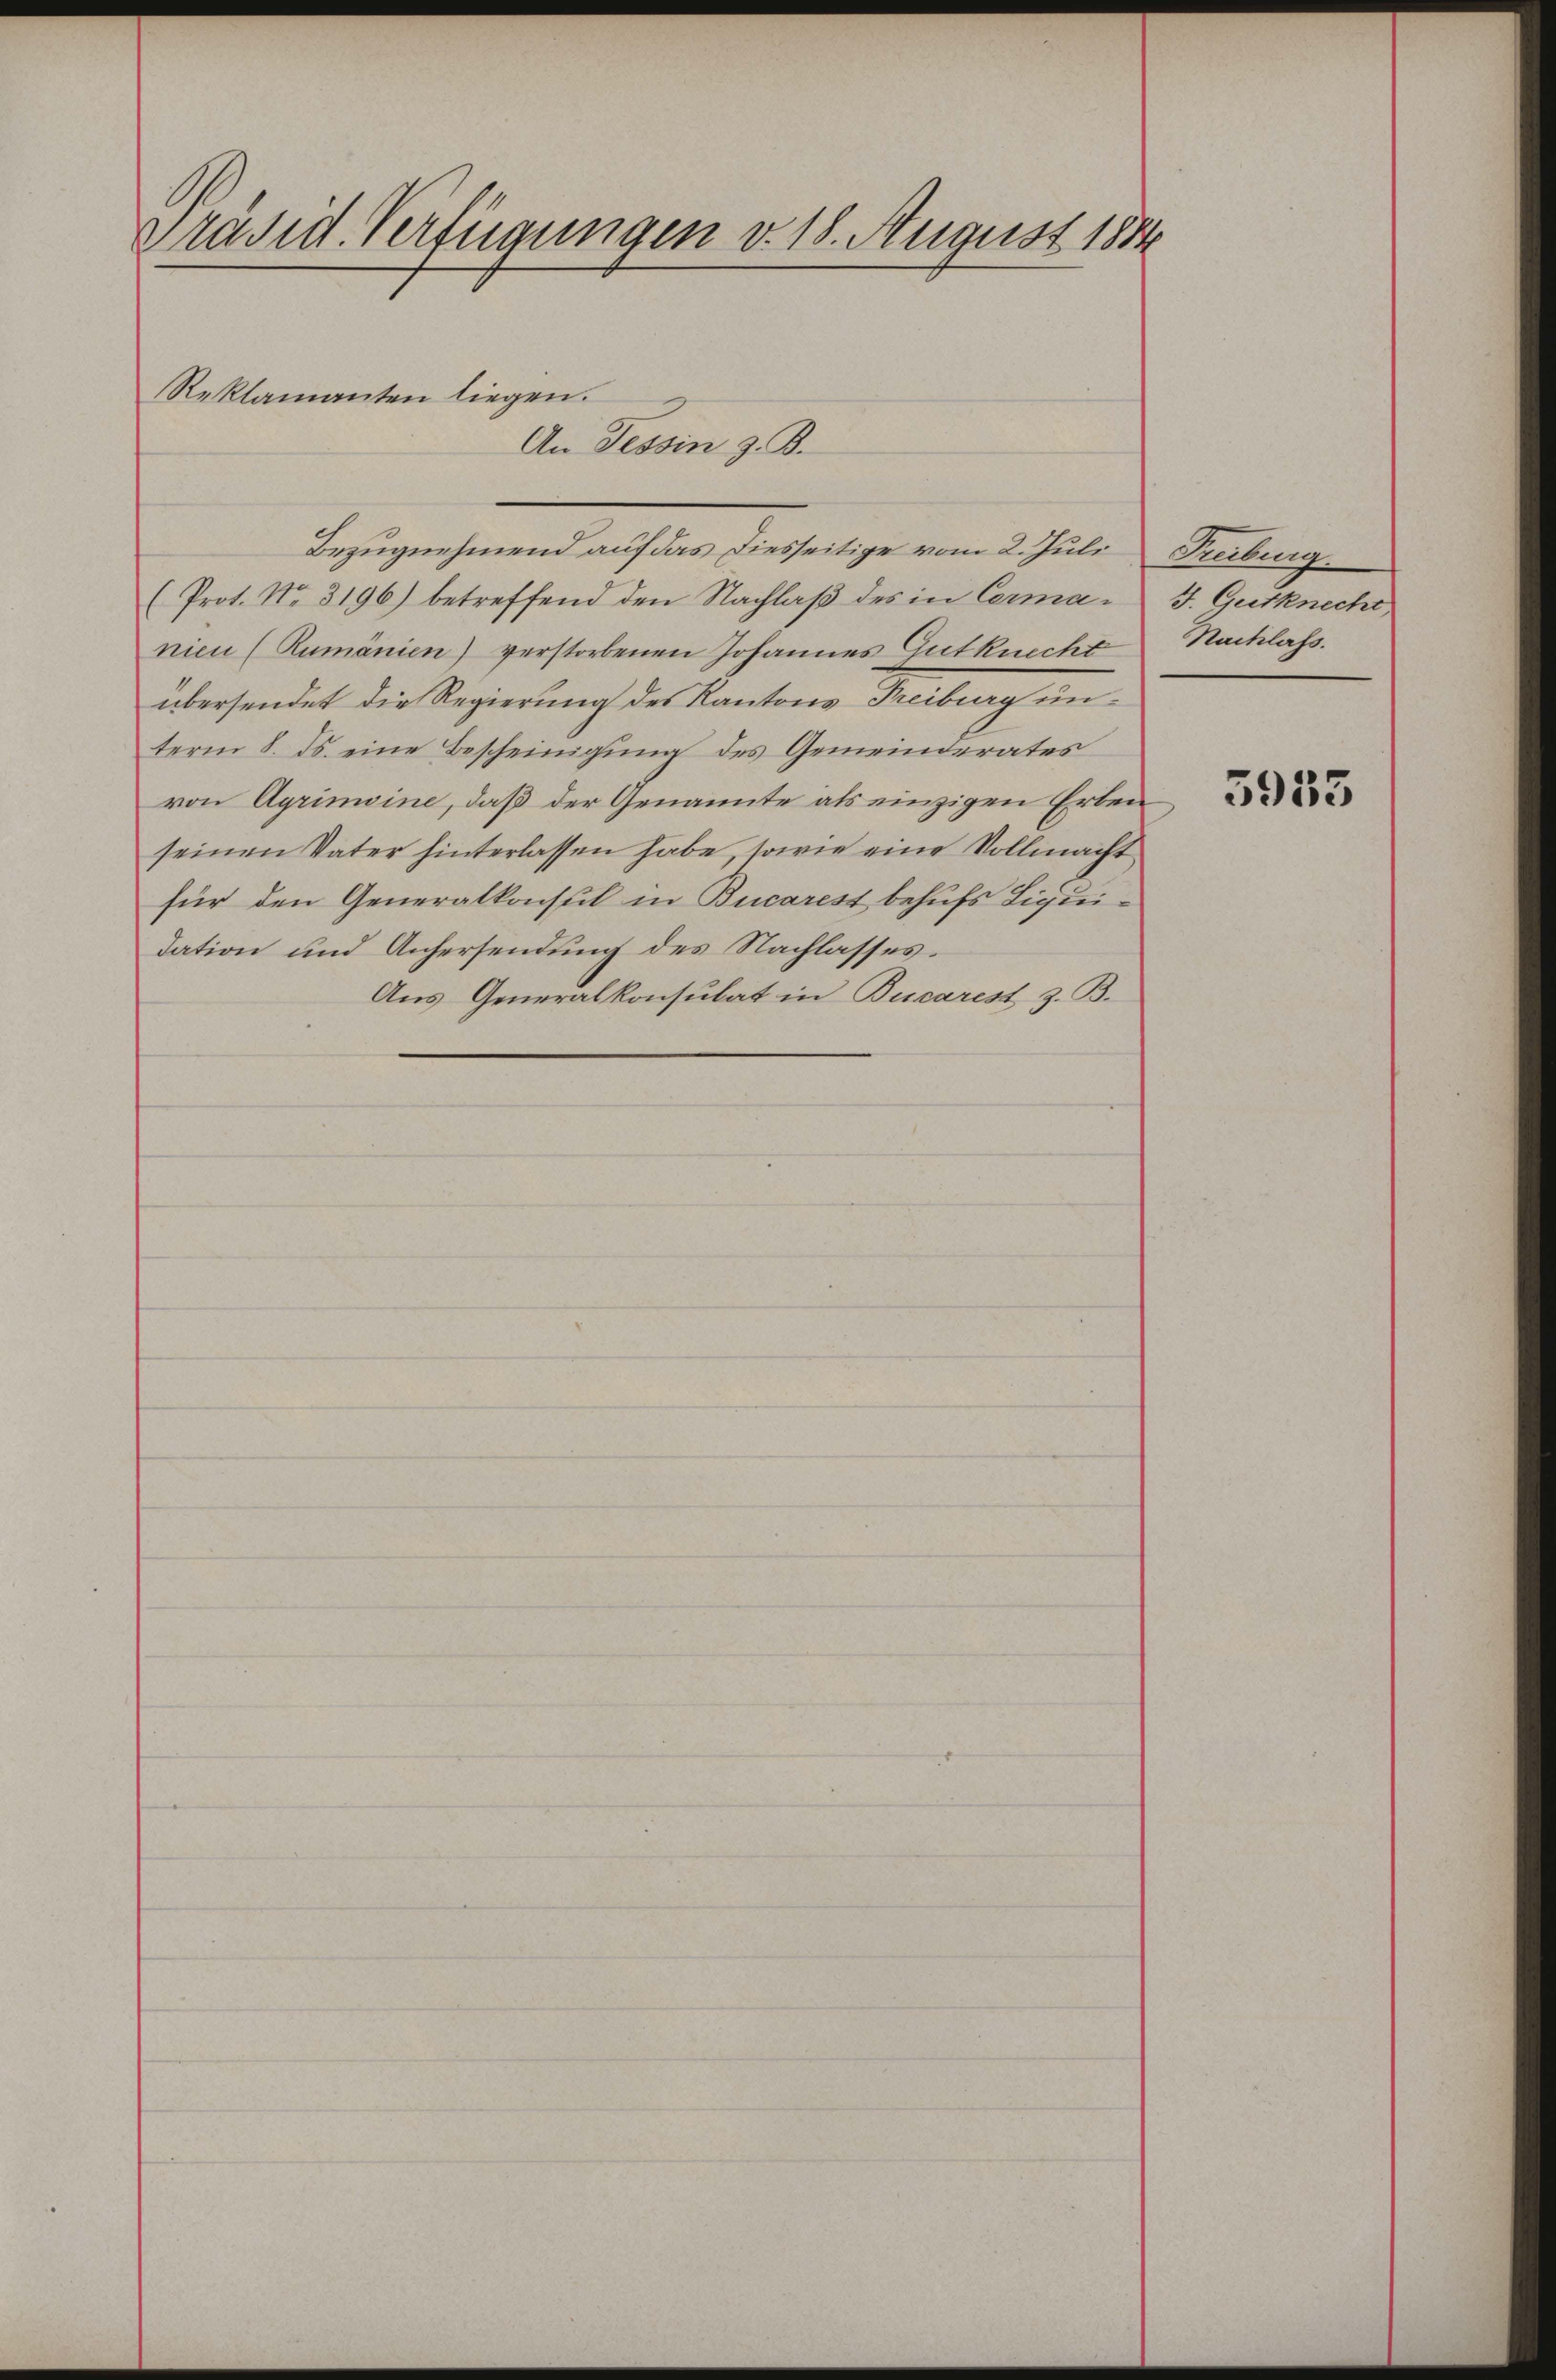
Präsid. Verfügungen v. 18. August 1884

Bezugnehmend auf das diesseitige vom 2. Juli Freiburg.
(Prot. No. 3196) betreffend den Nachlaβ des in Cerma- J. Gutknecht
nien (Rumänien) verstorbenen Johannes Gutknecht
übersendet die Regierung des Kantons Freiburg unterm 8. ds. eine Bescheinigung des Gemeinderates
von Agrimoine, daß der Genannte als einzigen Erben
seinen Vater hinterlassen habe, sowie eine Vollmacht
für den Generalkonsul in Bucarest behufs Liquidation und Anhersendung des Nachlasses.
Aus Generalkonsulat in Bucarest z. B.

Reklamanten liegen.
An Tessin z. B.

Nachlass.

5933